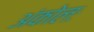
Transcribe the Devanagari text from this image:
अंकोलः